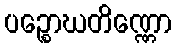
ပဉ္စောဃတိဏ္ဏော